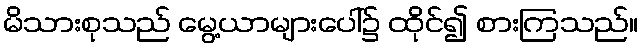
မိသားစုသည် မွေ့ယာများပေါ်၌ ထိုင်၍ စားကြသည်။